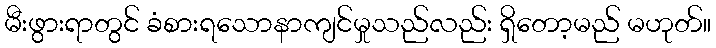
မီးဖွားရာတွင် ခံစားရသောနာကျင်မှုသည်လည်း ရှိတော့မည် မဟုတ်။